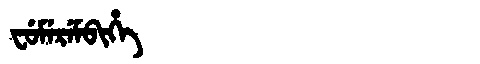
Manchu: ᠸᡠᠮᡝᡵᡝᠮᠪᡳᡥᡝ
Romanization: FUMEREMBIHE